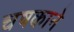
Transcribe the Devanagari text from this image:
चषकाने